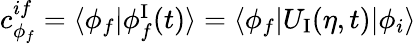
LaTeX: \begin{array}{r}{c_{\phi_{f}}^{if}=\langle\phi_{f}\vert\phi_{f}^{\mathrm{I}}(t)\rangle=\langle\phi_{f}\vert U_{\mathrm{I}}(\eta,t)\vert\phi_{i}\rangle}\end{array}